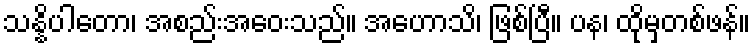
သန္နိပါတော၊ အစည်းအဝေးသည်။ အဟောသိ၊ ဖြစ်ပြီ။ ပန၊ ထိုမှတစ်ဖန်။